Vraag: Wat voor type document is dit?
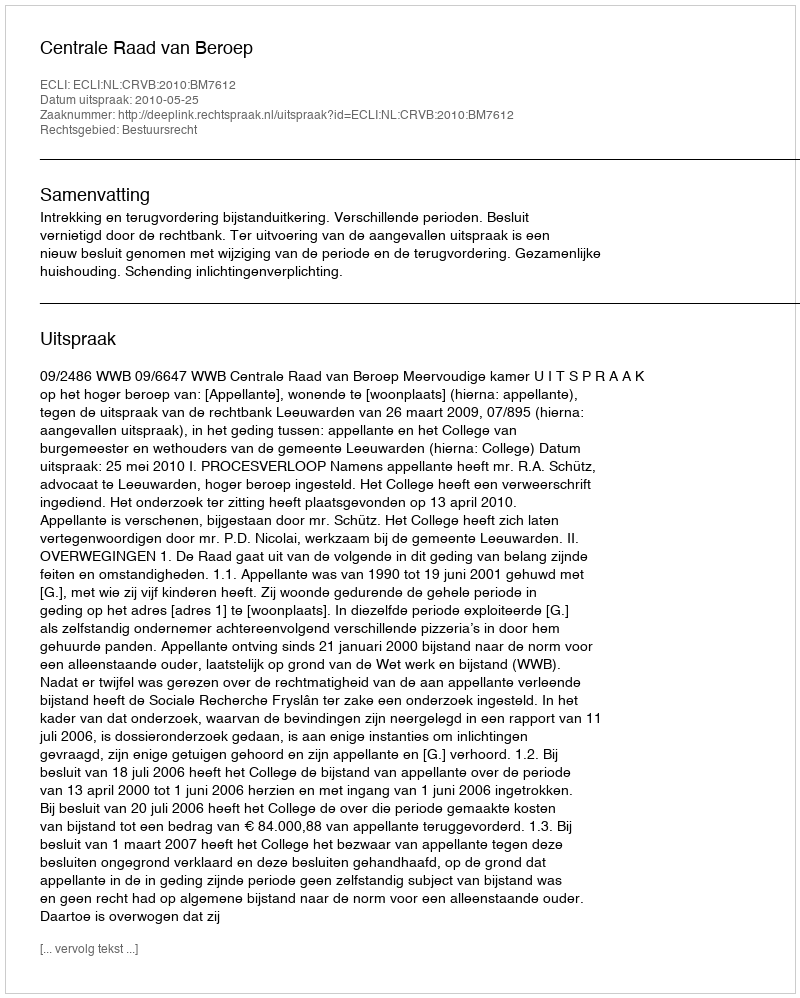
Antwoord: Uitspraak